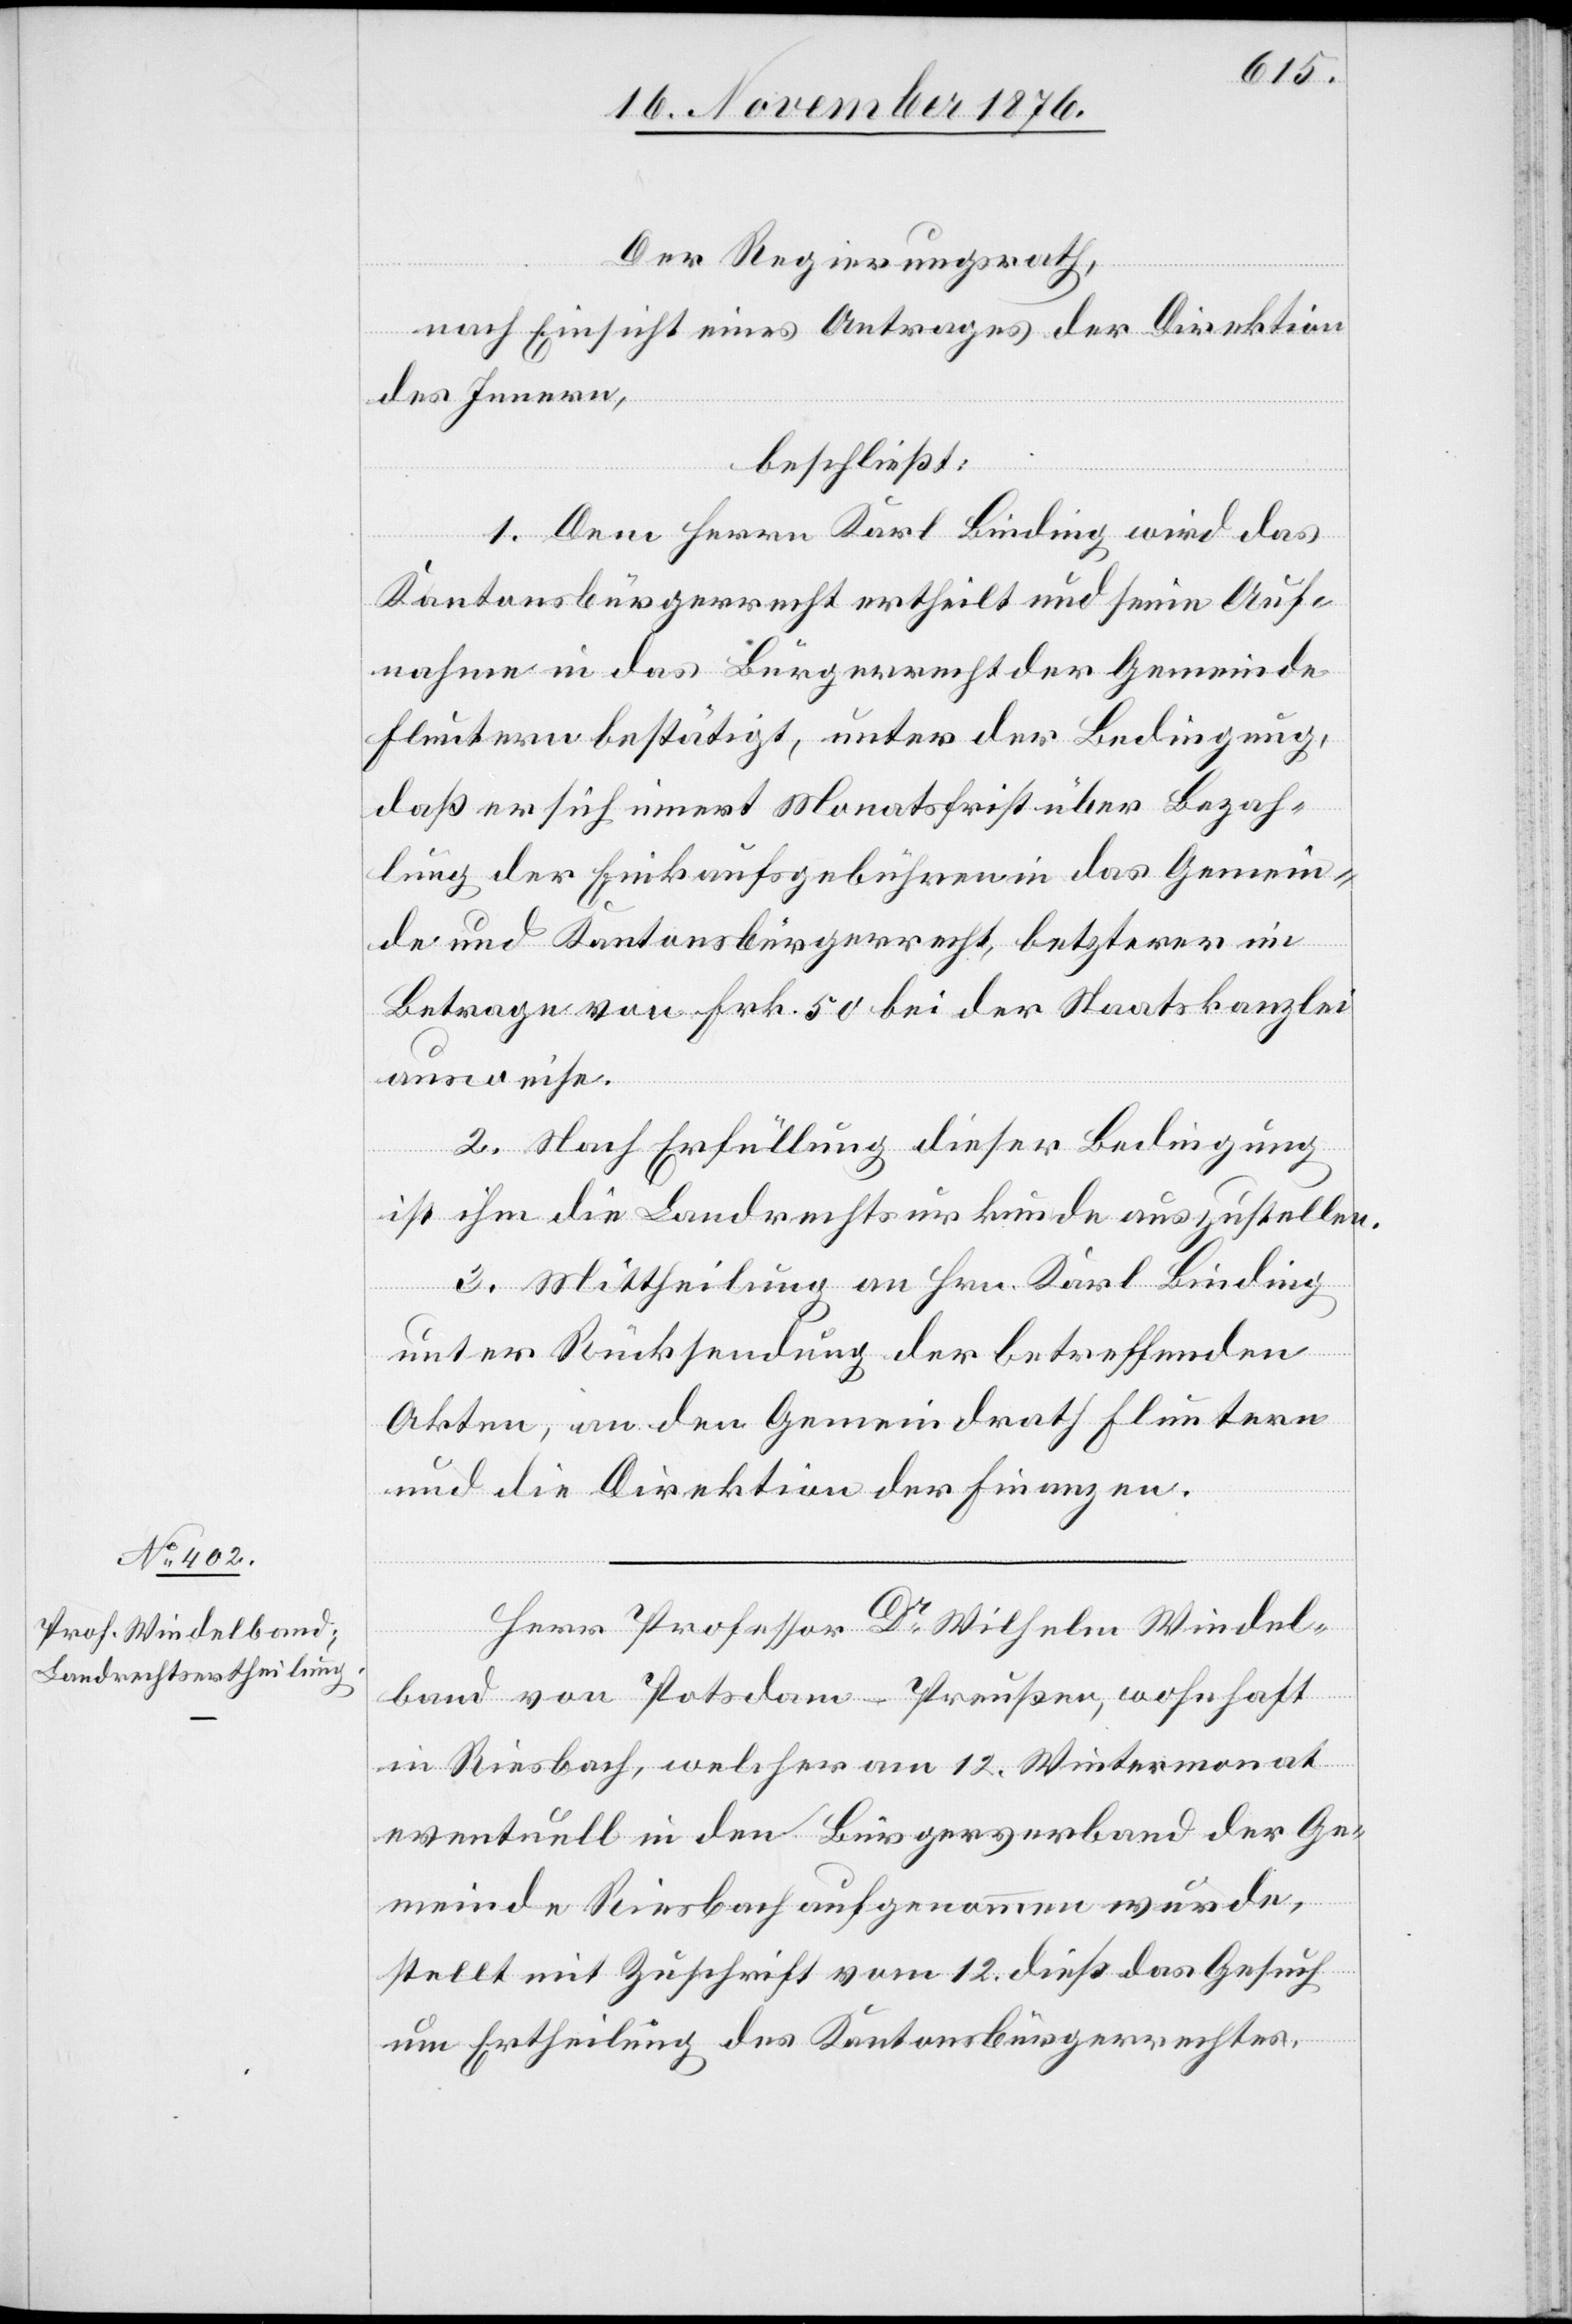
Herr Professor Dr Wilhelm Windel¬
band von Potsdam - Preußen, wohnhaft
in Riesbach, welcher am 12. Wintermonat
eventuell in den Bürgerverband der Ge¬
meinde Riesbach aufgenommen wurde,
stellt mit Zuschrift vom 12. dieß das Gesuch
um Ertheilung des Kantonsbürgerrechtes.